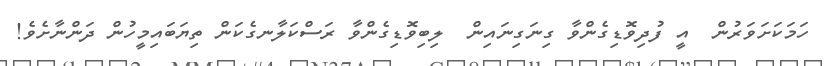
ހަމަކަށަވަރުން  އީ ފުދިވޮޑިގެންވާ ގިނަގިނައިން  ލިިބިވޮޑިގެންވާ ރަސްކަލާނގެކަން ތިޔަބައިމީހުން ދަންނާށެވެ!